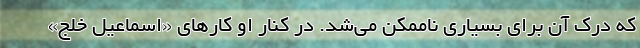
که درک آن برای بسیاری ناممکن می‌شد. در کنار او کارهای «اسماعیل خلج»